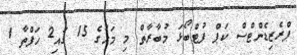
ޕްރެޒިޑެންޓްސް ކަޕް ފުޓްބޯޅަ މުބާރާތް މި މަހުގެ 15 ގައި2 ހަފްތާ 1